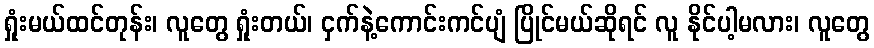
ရှုံးမယ်ထင်တုန်း၊ လူတွေ ရှုံးတယ်၊ ငှက်နဲ့ကောင်းကင်ပျံ ပြိုင်မယ်ဆိုရင် လူ နိုင်ပါ့မလား၊ လူတွေ